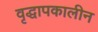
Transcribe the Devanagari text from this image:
वृद्धापकालीन